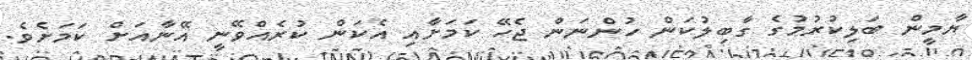
ޔާމީން ބަލިކުރުމުގެ ގާބިލުކަން ހުންނަން ޖެހޭ ކަމަށާއި އެކަން ކުރެއްވޭނީ އޭނާއަށް ކަމަށެވެ.